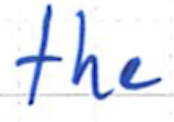
Text: the
Cross-out: clean
Writing tool: ballpoint